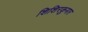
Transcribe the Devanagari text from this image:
शिशिरकुमार